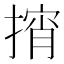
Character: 𱠨